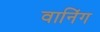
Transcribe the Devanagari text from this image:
वानिंग